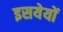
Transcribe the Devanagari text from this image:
इसयेयों